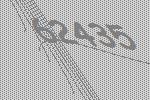
62435